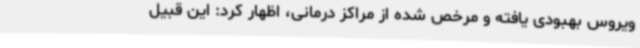
ویروس بهبودی یافته و مرخص شده از مراکز درمانی، اظهار کرد: این قبیل